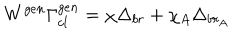
LaTeX: W ^ { g e n } \Gamma _ { c l } ^ { g e n } = \chi \Delta _ { b r } + \chi _ { A } \Delta _ { b r _ { A } }